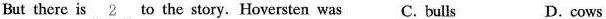
But there is \underline{2} to the story. Hoversten was C. Bulls D. cows